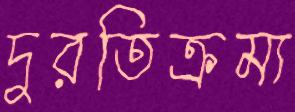
দুরতিক্রম্য